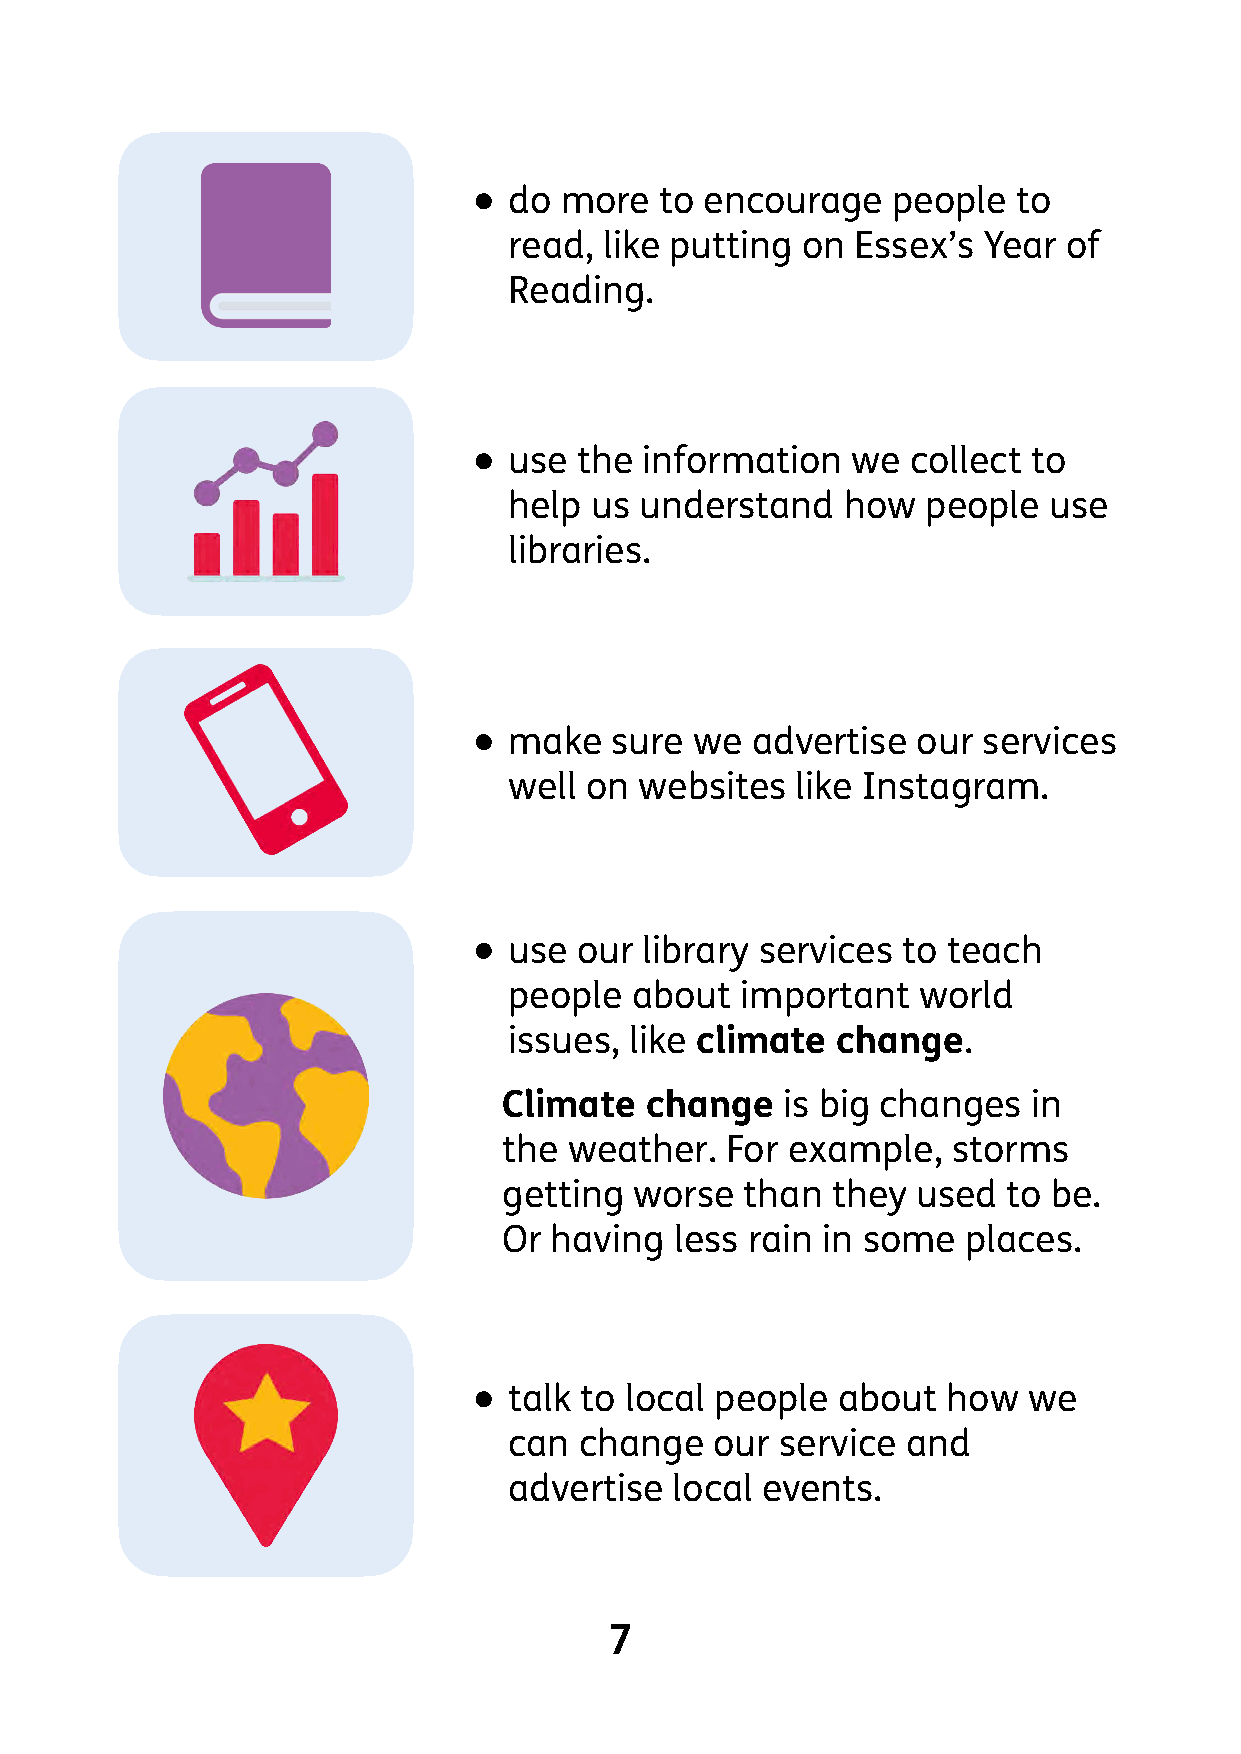
•
 do more   to encourage   people  to
 read, like putting on  Essex’s Year  of
 Reading.
 •
 use the  information  we  collect to
 help us understand    how  people  use
 libraries.
 •
 make  sure  we  advertise  our services
 well on websites   like Instagram.
 •
 use our  library services to teach
 people  about  important   world
 issues, like climate change.
 Climate   change   is big changes  in
 the  weather.  For example,   storms
 getting  worse  than  they  used  to be.
 Or having   less rain in some  places.
 •
 talk to local people about   how  we
 can change   our  service and
 advertise  local events.
 7